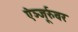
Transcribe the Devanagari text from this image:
ऐञ्जूर्रुवर